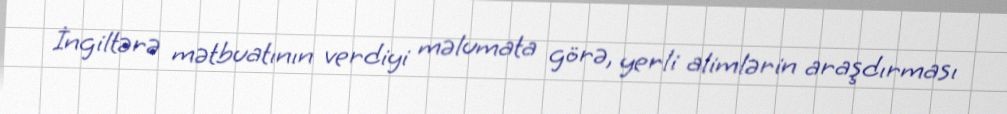
İngiltərə mətbuatının verdiyi məlumata görə, yerli alimlərin araşdırması